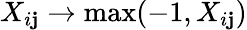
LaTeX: X_{i\mathbf{j}}\rightarrow\operatorname*{max}(-1,X_{i\mathbf{j}})